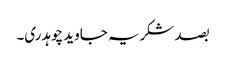
بصد شکریہ جاوید چوہدری۔